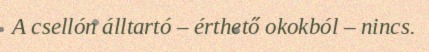
A csellón álltartó – érthető okokból – nincs.